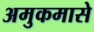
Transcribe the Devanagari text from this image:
अमुकमासे